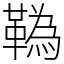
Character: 𩍇